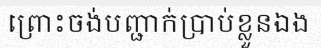
ព្រោះចង់បញ្ជាក់ប្រាប់ខ្លួនឯង